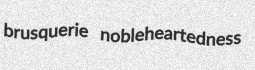
brusquerie nobleheartedness